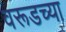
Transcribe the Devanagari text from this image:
वरूडच्या